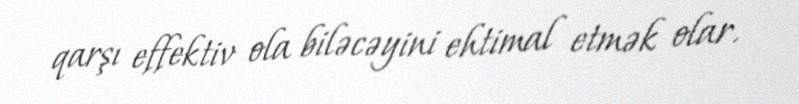
qarşı effektiv ola biləcəyini ehtimal etmək olar.